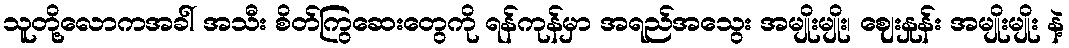
သူတို့လောကအခါ် အသီး စိတ်ကြွဆေးတွေကို ရန်ကုန်မှာ အရည်အသွေး အမျိုးမျိုး၊ ဈေးနှုန်း အမျိုးမျိုး နဲ့